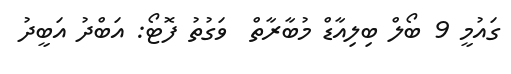
ގައުމީ 9 ބޯލް ބިލިއާޑް މުބާރާތް  ވަގުތު ފޮޓޯ: އަބްދު އަބީދު